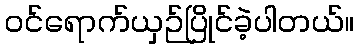
ဝင်ရောက်ယှဉ်ပြိုင်ခဲ့ပါတယ်။